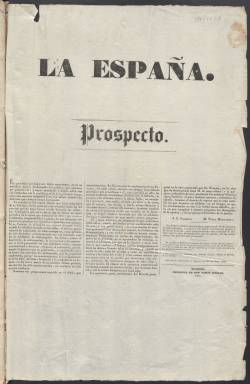
Título: La España (Madrid. 1837)
Colección: Periódicos anteriores a 1850
Ámbito geográfico: Madrid
Lugar de publicación: Madrid
Fechas: 01/01/1837-28/02/1839

Este diario fue fundado por un grupo de redactores de El Español (1835) descontentos con la nueva orientación que había tomado este periódico, más proclive al liberalismo progresista de Álvarez de Mendizábal que al liberalismo moderado de sus inicios. También lo abandonó su director, Andrés Borrego, uno de los periodistas más eminente de la época, aunque permaneció al margen y volvió a sacar una nueva cabecera de El Español en la década siguiente.

   La España, por tanto, recupera el espíritu moderado y en el prospecto en que anunciaba su salida en el verano de 1837 declara que su programa será ‘Justicia y Gobierno’. Con estas palabras aludía al desorden en que, según ellos, se encontraba España tras el llamado motín de la Granja del año anterior que había llevado a la formación de un Gobierno liberal progresista y a la recuperación de la Constitución de 1812 y a su plasmación, aunque reformada, en la Constitución de 1837.

La estructura de contenido de La España era bastante regular, con una sección informativa llamada Crónica oficial con los actos del Gobierno seguida por una Crónica exterior y otra Interior o de Provincias, con información sobre todo de la guerra carlista en las provincias del norte. Las sesiones del Congreso de los Diputados y del Senado tenían asimismo un lugar destacado.

   El periódico, de cuatro páginas, incluía también información de Bolsa, de teatros y algunos anuncios, aunque el contenido fundamental estaba marcado por la política y los artículos de fondo con la opinión de sus editores, que se publicaba bajo el epígrafe en negrita de La España.

En diciembre de 1837, tras unas elecciones legislativas, llegaron al Gobierno los liberales moderados, algo que fue acogido favorablemente por el periódico, que cambió también poco después la tipografía de su cabecera y se hizo cargo de las suscripciones de El Español al haber dejado este periódico de publicarse.

   El último número que posee la Biblioteca Nacional de España de este periódico es el del 28 de febrero de 1839. Nada indica que fuera este el definitivo, pero no parece que se editaran muchos más.

[Descripción publicada el 7/09/23]